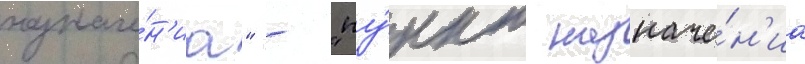
назначе́н'иа" - "пу́нкт назначе́н'иа